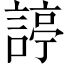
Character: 諪